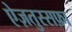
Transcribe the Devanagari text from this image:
ऐज़तुस्सफ़ा